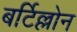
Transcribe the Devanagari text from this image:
बर्टिल्लोन